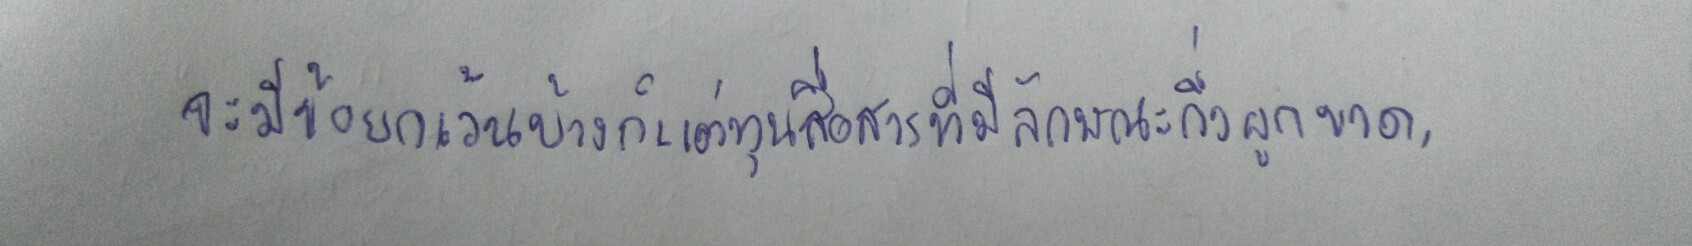
จะมีข้อยกเว้นบ้างก็แต่ทุนสื่อสารที่มีลักษณะกึ่งผูกขาด,